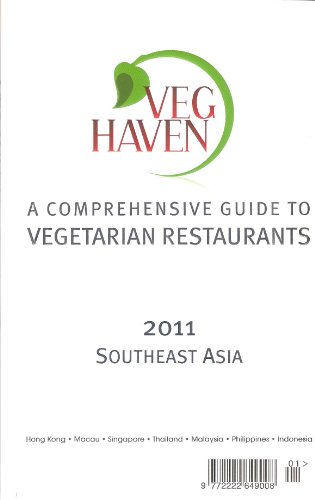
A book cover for Veg Haven (A Comprehensive Guide for Southeast Asia: Singapore, Thailand, Malaysia, Philippines, Indonesia, Hong Kong and Macau); Veena Panjwani; Travel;